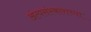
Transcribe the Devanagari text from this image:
अंत्यसंस्काराच्या